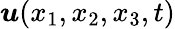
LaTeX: \boldsymbol{u}(x_{1},x_{2},x_{3},t)